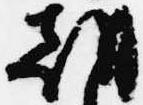
朝